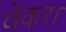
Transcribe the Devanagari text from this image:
वेकरा